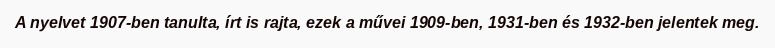
A nyelvet 1907-ben tanulta, írt is rajta, ezek a művei 1909-ben, 1931-ben és 1932-ben jelentek meg.